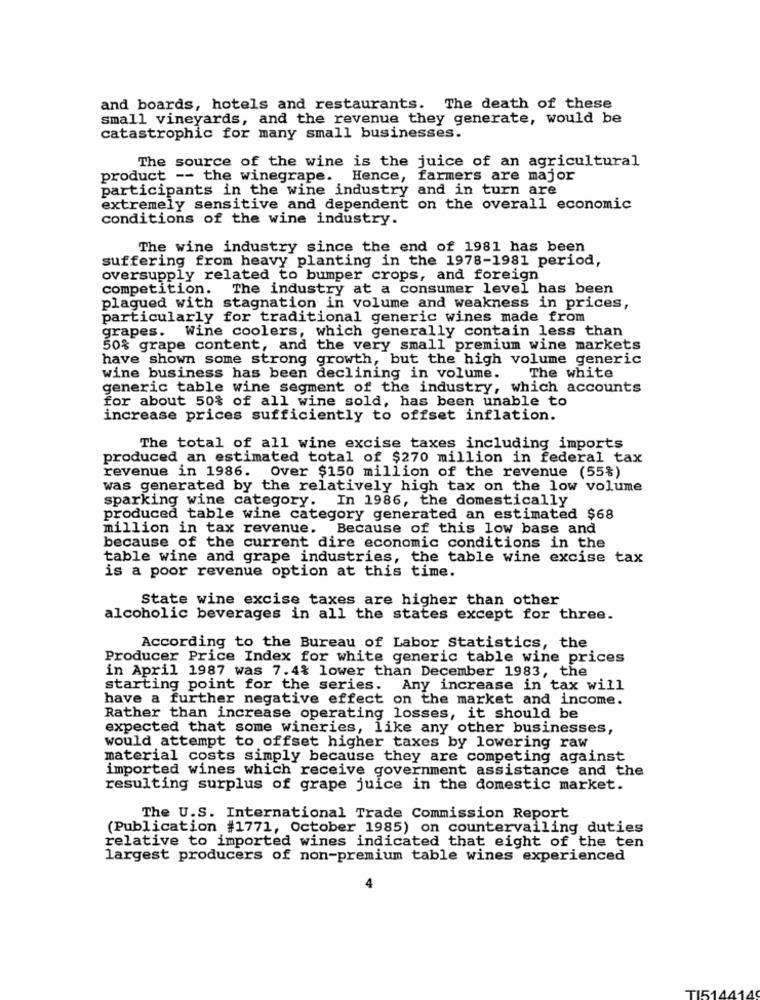
and boards, hotels and restaurants. The death of these
small vineyards, and the revenue they generate, would be
catastrophic for many small businesses.
The source of the wine is the juice of an agricultural
product -- the winegrape. Hence, farmers are major
participants in the wine industry and in turn are
extremely sensitive and dependent on the overall economic
conditions of the wine industry.
The wine industry since the end of 1981 has been
suffering from heavy planting in the 1978-1981 period,
oversupply related to bumper crops, and foreign
competition.
The industry at a consumer level has been
plagued with stagnation in volume and weakness in prices,
particularly for traditional generic wines made from
grapes. Wine coolers, which generally contain less than
50% grape content, and the very small premium wine markets
have shown some strong growth, but the high volume generic
wine business has been declining in volume.
The white
generic table wine segment of the industry, which accounts
for about 50% of all wine sold, has been unable to
increase prices sufficiently to offset inflation.
The total of all wine excise taxes including imports
produced an estimated total of $270 million in federal tax
revenue in 1986. Over $150 million of the revenue (55%)
was generated by the relatively high tax on the low volume
sparking wine category. In 1986, the domestically
produced table wine category generated an estimated $68
million in tax revenue. Because of this low base and
because of the current dire economic conditions in the
table wine and grape industries, the table wine excise tax
is a poor revenue option at this time.
State wine excise taxes are higher than other
alcoholic beverages in all the states except for three.
According to the Bureau of Labor Statistics, the
Producer Price Index for white generic table wine prices
in April 1987 was 7.4% lower than December 1983, the
starting point for the series. Any increase in tax will
have a further negative effect on the market and income.
Rather than increase operating losses, it should be
expected that some wineries, like any other businesses,
would attempt to offset higher taxes by lowering raw
material costs simply because they are competing against
imported wines which receive government assistance and the
resulting surplus of grape juice in the domestic market.
The U.S. International Trade Commission Report
(Publication #1771, October 1985) on countervailing duties
relative to imported wines indicated that eight of the ten
largest producers of non-premium table wines experienced
TIS